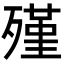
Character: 殣